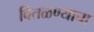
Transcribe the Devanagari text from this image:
वितळण्याचा